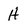
Character: H